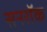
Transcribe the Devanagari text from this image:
सनरॉक